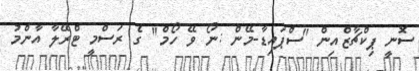
ސޮނީ ޕިކްޗާޒްއިން "ސްޕައިޑާ-މޭން :ނޯ ވޭ ހޯމް" ގެ ރަސްމީ ޓްރޭލާ އާންމު